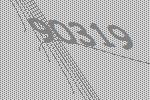
90319